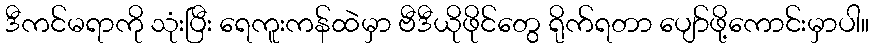
ဒီကင်မရာကို သုံးပြီး ရေကူးကန်ထဲမှာ ဗီဒီယိုဖိုင်တွေ ရိုက်ရတာ ပျော်ဖို့ကောင်းမှာပါ။